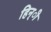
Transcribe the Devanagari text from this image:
हिन्ी